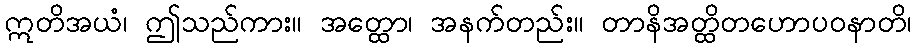
ဣတိအယံ၊ ဤသည်ကား။ အတ္ထော၊ အနက်တည်း။ တာနိအတ္ထိတဟောပဝနာတိ၊